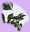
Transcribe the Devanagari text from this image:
ताग्र